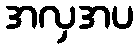
အလှအပ